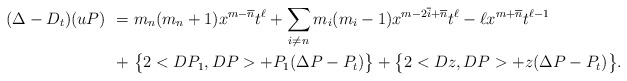
\begin{align*}(\Delta - D_t)(uP)\ =\ & m_n (m_{n}+1)x^{m-\overline{n}} t^\ell + \sum_{i \neq n} m_i (m_i - 1) x^{m - 2 \overline{i} + \overline{n}} t^\ell - \ell x^{m+ \overline{n}} t^{\ell-1}\\+\ & \big\{2 <DP_1,DP> + P_1(\Delta P -P_t)\big\} + \big\{2 <Dz,DP> + z (\Delta P -P_t)\big\}.\end{align*}